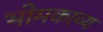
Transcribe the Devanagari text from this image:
भोमकाव्य